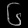
Digit: ၆